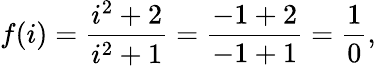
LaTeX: f(i)={\frac{i^{2}+2}{i^{2}+1}}={\frac{-1+2}{-1+1}}={\frac{1}{0}},